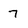
Character: 7